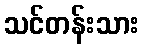
သင်တန်းသား